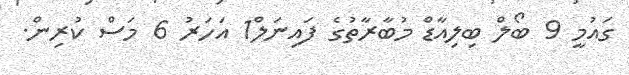
ގައުމީ 9 ބޯލް ބިލިއާޑް މުބާރާތުގެ ފައިނަލް1 އަހަރު 6 މަސް ކުރިން.